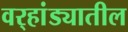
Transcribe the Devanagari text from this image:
वर्‍हांड्यातील